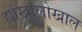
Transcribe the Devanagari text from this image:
ह्यांखालोखाल